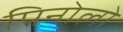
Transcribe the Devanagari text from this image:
पिनोलो